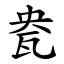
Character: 㼜